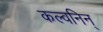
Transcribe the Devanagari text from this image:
कल्वनिन्